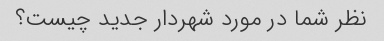
نظر شما در مورد شهردار جدید چیست؟